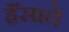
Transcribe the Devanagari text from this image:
हँसाते